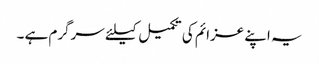
یہ اپنے عزائم کی تکمیل کیلئے سرگرم ہے ۔